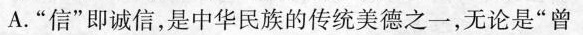
A.”信”即诚信，是中华民族的传统美德之一，无论是”曾